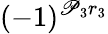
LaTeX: (-1)^{\mathscr{P}_{3}r_{3}}